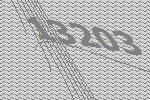
13203